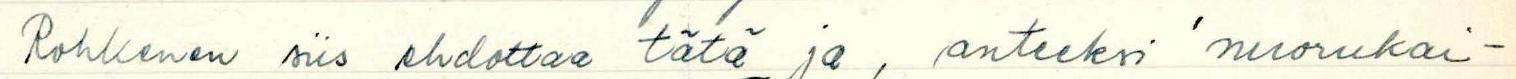
Rohkenen siis ehdottaa tätä ja anteeksi 'nuorukai-